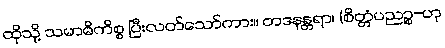
ထိုသို့ သမာဓိကိစ္စ ပြီးလတ်သော်ကား။ တဒနန္တရာ၊ (စိတ္တံပညဉ္စ-ဟု